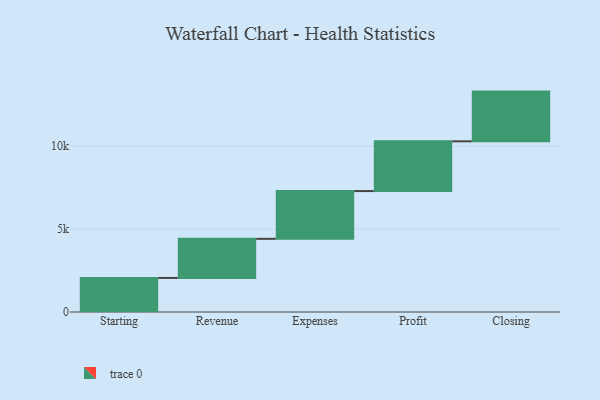
{"axis": {"x": "Step", "y": "Value"}, "legend": [""], "data": [{"x": "Starting", "y": 2055.0, "type": ""}, {"x": "Revenue", "y": 2360.0, "type": ""}, {"x": "Expenses", "y": 2881.0, "type": ""}, {"x": "Profit", "y": 3000, "type": ""}, {"x": "Closing", "y": 3000, "type": ""}]}